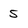
Character: 5